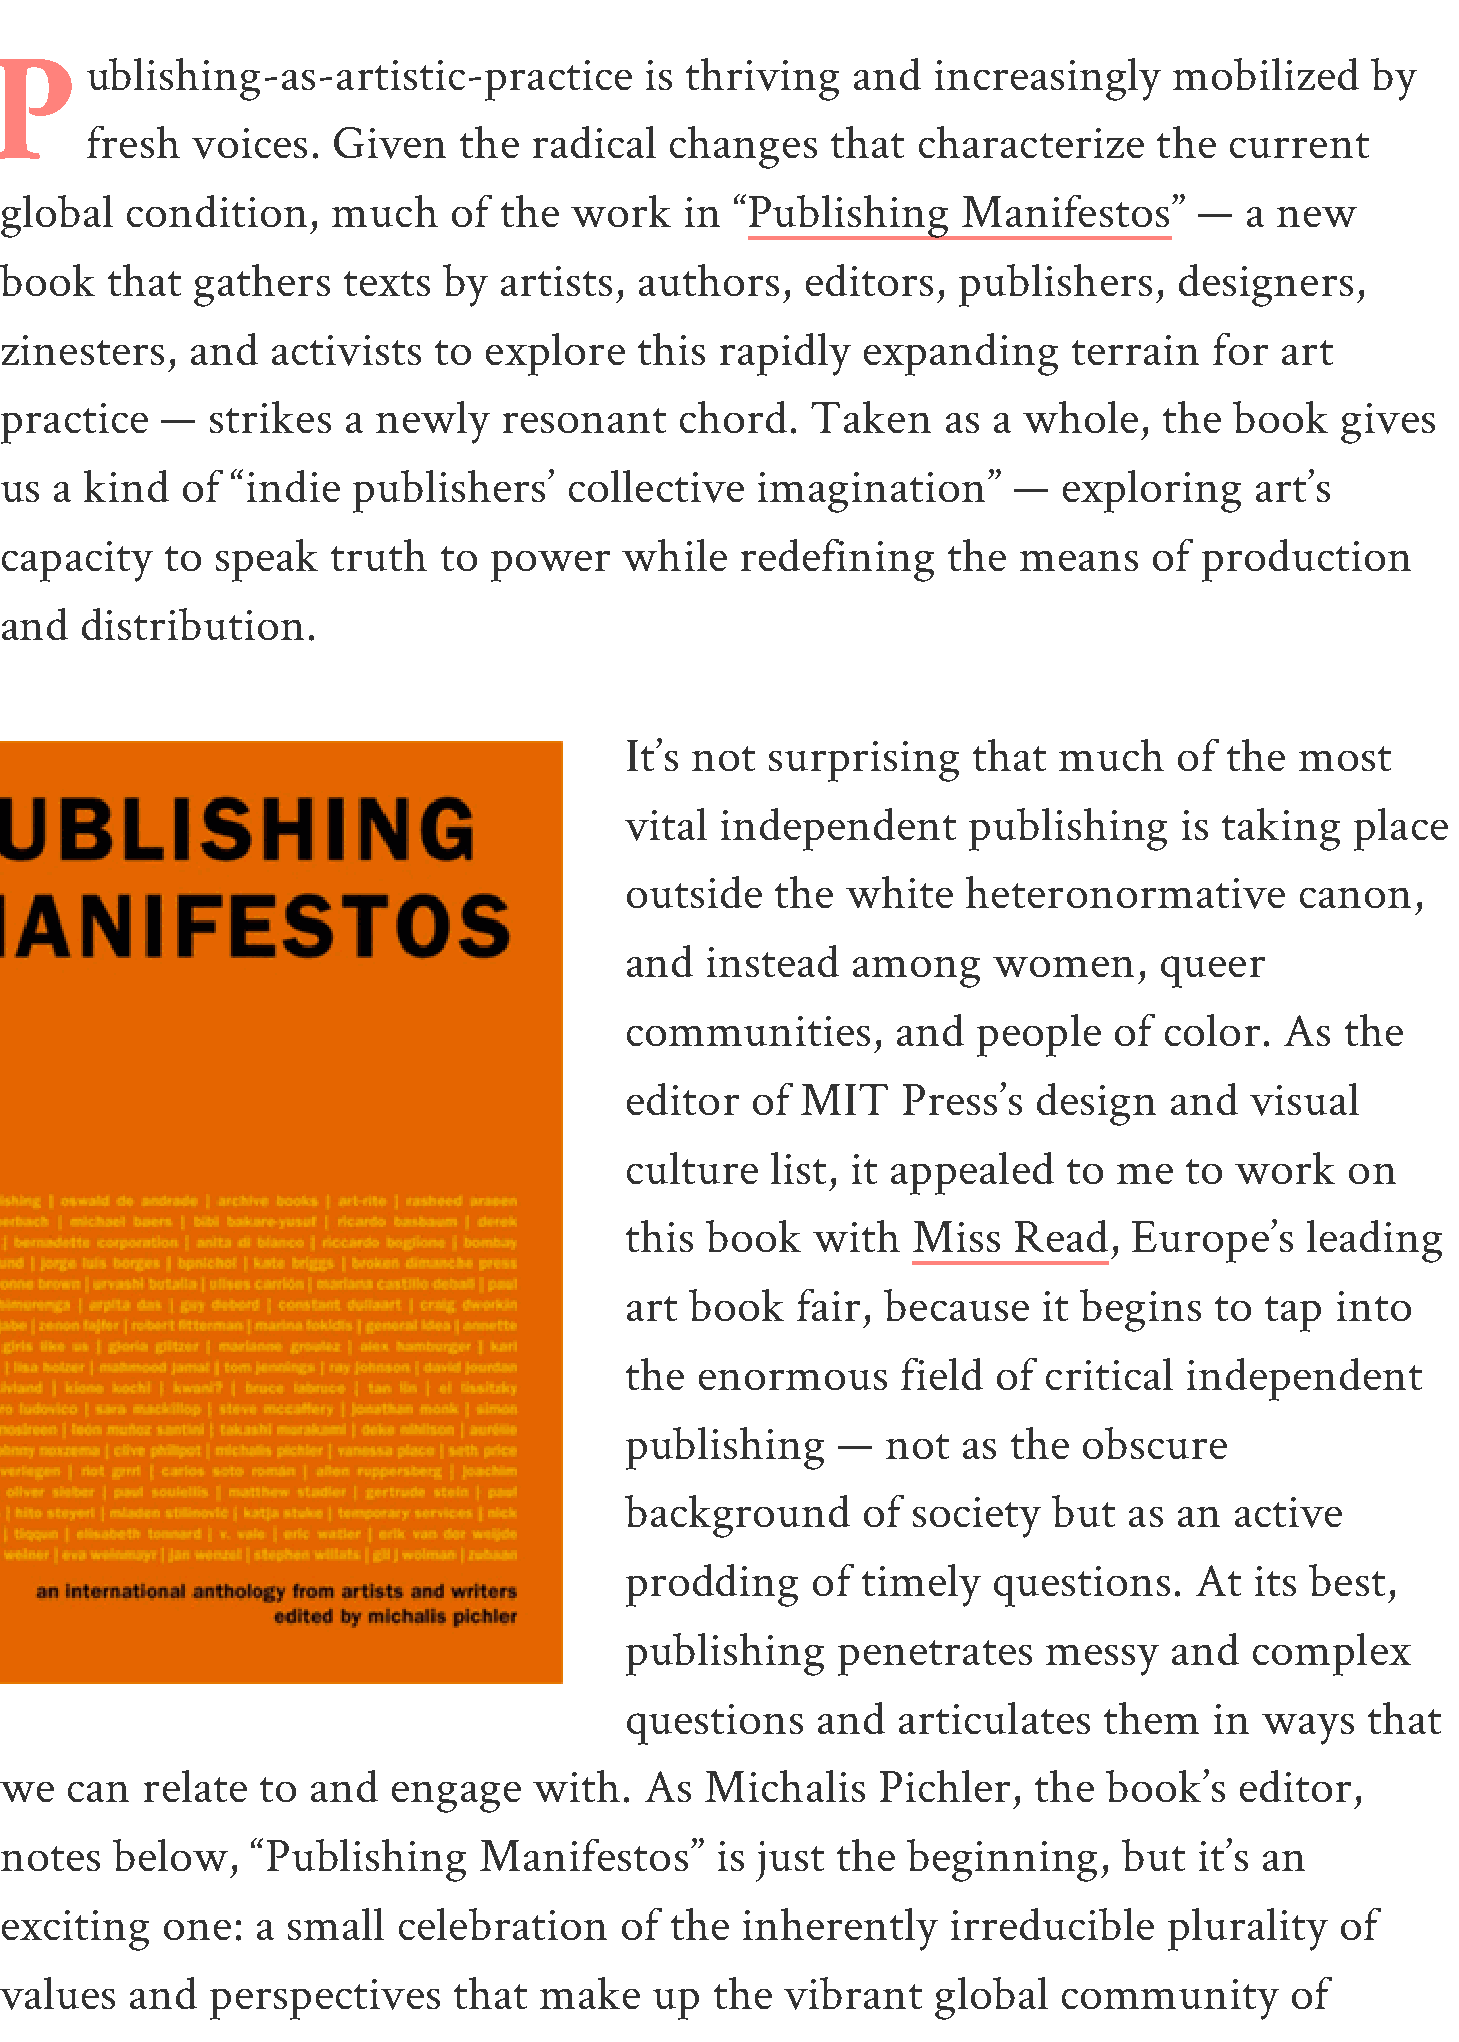
ublishing-as-artistic-practice       is thriving  and   increasingly    mobilized    by
 P
 fresh  voices.  Given   the  radical  changes    that  characterize    the current
 global  condition,    much    of the  work   in “Publishing     Manifestos”    —  a new
 book   that  gathers   texts by  artists, authors,   editors,  publishers,    designers,
 zinesters,   and  activists  to explore   this  rapidly  expanding     terrain  for  art
 practice   —  strikes  a newly   resonant    chord.   Taken   as  a whole,   the  book   gives
 us a  kind  of “indie  publishers’   collective   imagination”     —  exploring    art’s
 capacity   to speak   truth  to power    while   redefining    the means    of production
 and  distribution.
 It’s not  surprising   that  much    of the  most
 vital  independent     publishing    is taking   place
 outside   the  white   heteronormative       canon,
 and   instead  among     women,     queer
 communities,      and   people   of color.  As  the
 editor   of MIT    Press’s  design  and   visual
 culture   list, it appealed   to me  to  work   on
 this  book   with  Miss   Read,   Europe’s   leading
 art  book   fair, because   it begins  to  tap into
 the  enormous      field of critical independent
 publishing    —   not  as the  obscure
 background      of society   but  as an  active
 prodding     of timely   questions.   At  its best,
 publishing    penetrates    messy   and   complex
 questions    and  articulates   them   in  ways  that
 we  can  relate  to  and  engage   with.   As  Michalis   Pichler,  the  book’s   editor,
 notes   below,   “Publishing    Manifestos”    is just the  beginning,    but  it’s an
 exciting   one:  a small  celebration    of the  inherently    irreducible   plurality   of
 values   and  perspectives    that  make   up  the  vibrant   global  community      of
 independent     publishers.